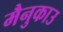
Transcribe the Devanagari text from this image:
मैनुकाउ